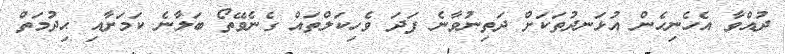
ދުއްވާ އެހެނިހެން އުޅަނދުތަކަށް ދަތިނުވާނެ ފަދަ ވެހިކަލްތައް ގެނެވޭތޯ ބަލާނެ ކަމަށާއި ޙިދުމަތް